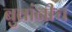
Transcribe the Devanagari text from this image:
बुवांनीच